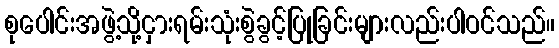
စုပေါင်းအဖွဲ့သို့ငှားရမ်းသုံးစွဲခွင့်ပြုခြင်းများလည်းပါဝင်သည်။